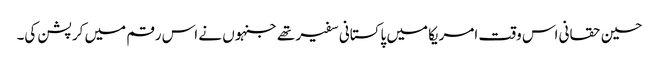
حسین حقانی اس وقت امریکا میں پاکستانی سفیر تھے جنہوں نے اس رقم میں کرپشن کی۔